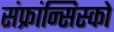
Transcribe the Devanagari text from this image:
संफ्रांन्सिस्को